Malaria in the Duars
Disease focus: Malaria
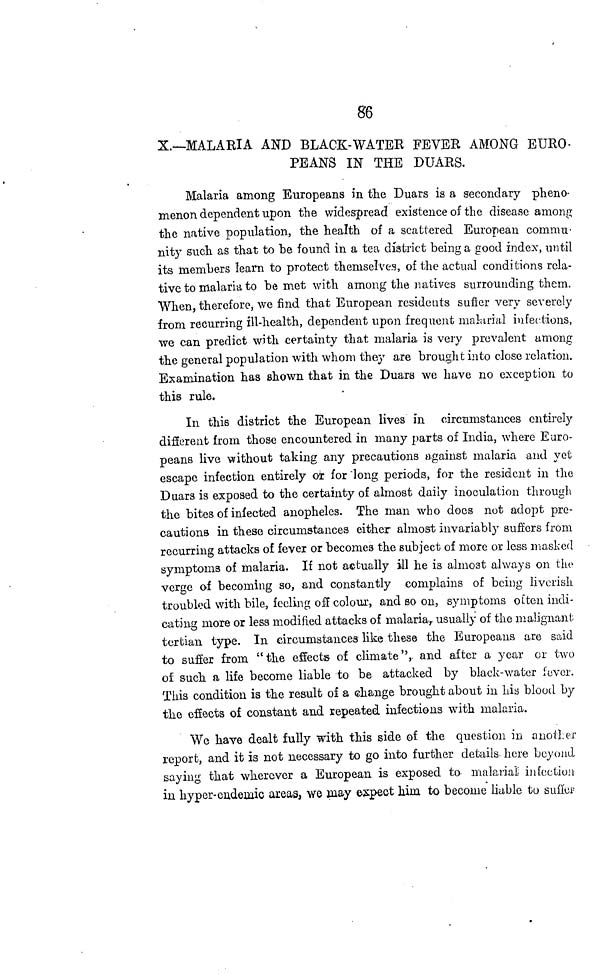
86
X.—MALARIA AND BLACK-WATER FEVER AMONG EURO-
PEANS IN THE DUARS.
Malaria among Europeans in the Duars is a secondary pheno-
menon dependent upon the widespread existence of the disease among
the native population, the health of a scattered European commu-
nity such as that to be found in a tea district being a good index, until
its members learn to protect themselves, of the actual conditions rela-
tive to malaria to be met with among the natives surrounding them.
When, therefore, we find that European residents sufier very severely
from recurring ill-health, dependent upon frequent malarial infections,
we can predict with certainty that malaria is very prevalent among
the general population with whom they are brought into close relation.
Examination has shown that in the Duars we have no exception to
this rule.
In this district the European lives in circumstances entirely
different from those encountered in many parts of India, where Euro-
peans live without taking any precautions against malaria and yet
escape infection entirely ox for "long periods, for the resident in the
Duars is exposed to the certainty of almost daily inoculation through
the bites of infected anopheles. The man who does not adopt pre-
cautions in these circumstances either almost invariably suffers from
recurring attacks of fever or becomes the subject of more or less masked
symptoms of malaria. If not actually ill he is almost always on the
verge of becoming so, and constantly complains of being liverish
troubled with bile, feeling off colour, and so on, symptoms often indi-
cating more or less modified attacks of malaria,, usually of the malignant
tertian type. In circumstances like these the Europeans arc said
to suffer from "the effects of climate", and after a year or two
of such a life become liable to be attacked by black-water fever.
This condition is the result of a change brought about in his blood by
the effects of constant and. repeated infections with malaria.
We have dealt fully with this side of the question in another
report, and it is not necessary to go into further details here beyond
saying that wherever a European is exposed to malarial infection
in hyper-endemic areas, we may expect him. to become liable to suitor